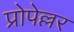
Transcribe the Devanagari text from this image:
प्रोपेल्लर